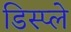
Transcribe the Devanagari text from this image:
डिस्‍प्ले